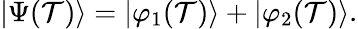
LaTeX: \left|\Psi(\mathcal{T})\right\rangle=\left|\varphi_{1}(\mathcal{T})\right\rangle+\left|\varphi_{2}(\mathcal{T})\right\rangle.